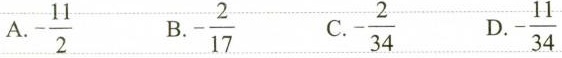
A.$$ - \frac{2}{11} $$ B.$$ - \frac{17}{2} $$ C.$$ - \frac{2}{34} $$ D.$$ - \frac{11}{34} $$